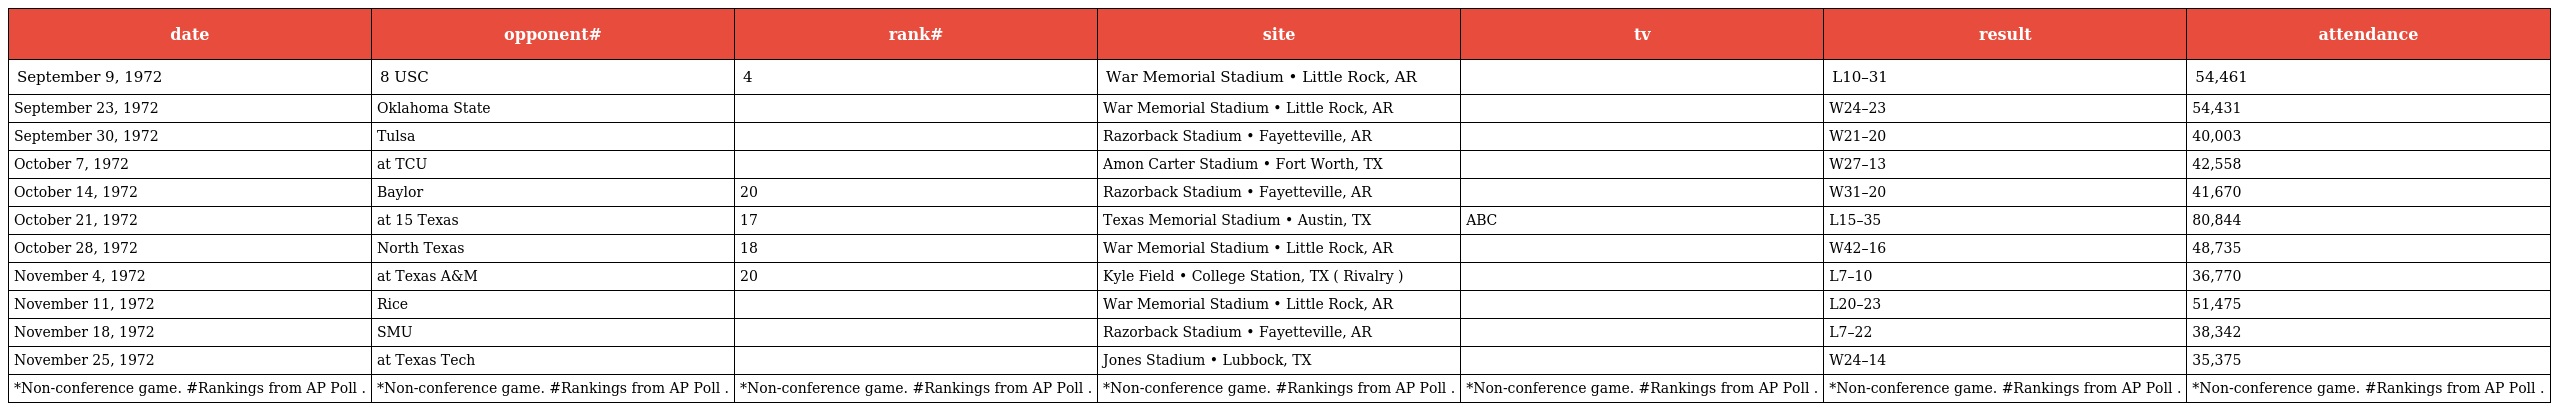
| date | opponent# | rank# | site | tv | result | attendance |
 | --- | --- | --- | --- | --- | --- | --- |
 | September 9, 1972 | 8 USC | 4 | War Memorial Stadium • Little Rock, AR |  | L10–31 | 54,461 |
 | September 23, 1972 | Oklahoma State |  | War Memorial Stadium • Little Rock, AR |  | W24–23 | 54,431 |
 | September 30, 1972 | Tulsa |  | Razorback Stadium • Fayetteville, AR |  | W21–20 | 40,003 |
 | October 7, 1972 | at TCU |  | Amon Carter Stadium • Fort Worth, TX |  | W27–13 | 42,558 |
 | October 14, 1972 | Baylor | 20 | Razorback Stadium • Fayetteville, AR |  | W31–20 | 41,670 |
 | October 21, 1972 | at 15 Texas | 17 | Texas Memorial Stadium • Austin, TX | ABC | L15–35 | 80,844 |
 | October 28, 1972 | North Texas | 18 | War Memorial Stadium • Little Rock, AR |  | W42–16 | 48,735 |
 | November 4, 1972 | at Texas A&M | 20 | Kyle Field • College Station, TX ( Rivalry ) |  | L7–10 | 36,770 |
 | November 11, 1972 | Rice |  | War Memorial Stadium • Little Rock, AR |  | L20–23 | 51,475 |
 | November 18, 1972 | SMU |  | Razorback Stadium • Fayetteville, AR |  | L7–22 | 38,342 |
 | November 25, 1972 | at Texas Tech |  | Jones Stadium • Lubbock, TX |  | W24–14 | 35,375 |
 | *Non-conference game. #Rankings from AP Poll . | *Non-conference game. #Rankings from AP Poll . | *Non-conference game. #Rankings from AP Poll . | *Non-conference game. #Rankings from AP Poll . | *Non-conference game. #Rankings from AP Poll . | *Non-conference game. #Rankings from AP Poll . | *Non-conference game. #Rankings from AP Poll . |